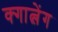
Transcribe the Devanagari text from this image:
क्गात्लेंग